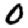
Digit: 0